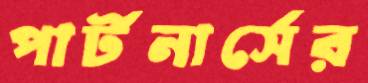
পার্টনার্সের